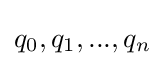
q_{0},q_{1},...,q_{n}